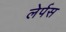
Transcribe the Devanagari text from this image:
लेर्पस